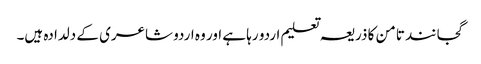
گجانند تامن کا ذریعہ تعلیم اردو رہا ہے اور وہ اردو شاعری کے دلدادہ ہیں۔